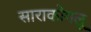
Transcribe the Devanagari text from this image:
साराकोगलू